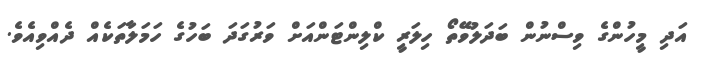
އަދި މީހުންގެ ވިސްނުން ބަދަލުވޭތޯ ހިލަރީ ކްލިންޓަންއަށް ވަރުގަދަ ބަހުގެ ހަމަލާތަކެއް ދެއްވިއެވެ.